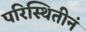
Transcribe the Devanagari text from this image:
परिस्थितीनं